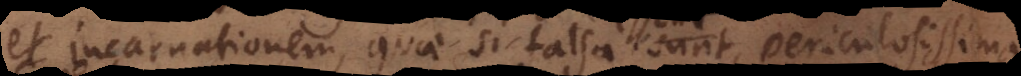
t incarnationem, quae si falsa sunt, periculosissima